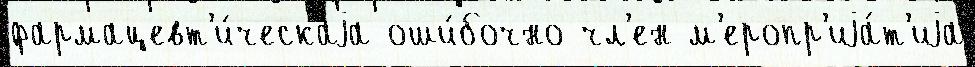
фармацевт'и́ческаjа оши́бочно чл'ен м'еропр'иjа́т'иjа